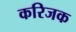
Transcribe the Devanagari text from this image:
करिजक